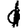
Digit: 1